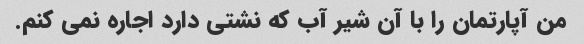
من آپارتمان را با آن شیر آب که نشتی دارد اجاره نمی کنم.